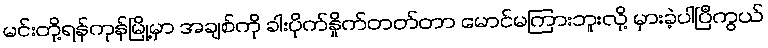
မင်းတို့ရန်ကုန်မြို့မှာ အချစ်ကို ခါးပိုက်နှိုက်တတ်တာ မောင်မကြားဘူးလို့ မှားခဲ့ပါပြီကွယ်